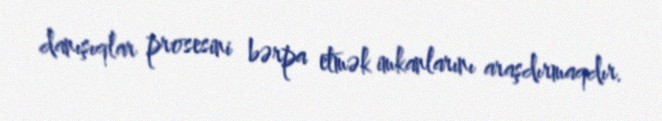
danışıqlar prosesini bərpa etmək imkanlarını araşdırmaqdır.